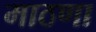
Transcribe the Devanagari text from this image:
माठणा